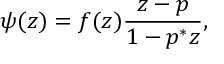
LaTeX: \psi ( z ) = f ( z ) { \frac { z - p } { 1 - p ^ { * } z } } ,